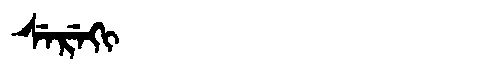
Manchu: ᠰᡝᡵᡝᡴᡳ
Romanization: SEREKI